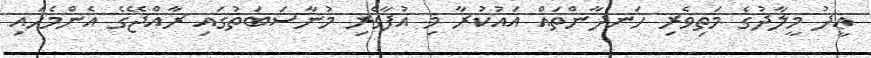
ޢީދު މީލާދުގެ މަތިވެރި ހަނދާންތައް އައުކުރާ މި އުފާވެރި މުނާސަބަތުގައި ރާއްޖޭގެ އެންމެހައި